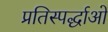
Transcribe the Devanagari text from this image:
प्रतिस्पर्द्धाओं